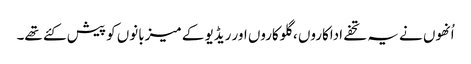
اُنھوں نے یہ تحفے اداکاروں ، گلوکاروں اور ریڈیو کے میزبانوں کو پیش کئے تھے۔